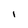
Character: I